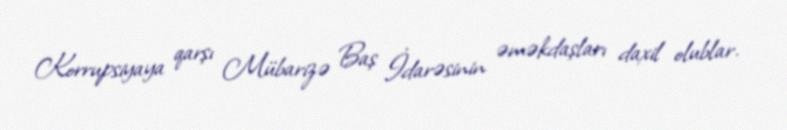
Korrupsiyaya qarşı Mübarizə Baş İdarəsinin əməkdaşları daxil olublar.